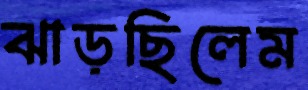
ঝাড়ছিলেম